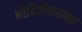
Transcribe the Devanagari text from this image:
श्रीहितोपासना